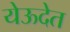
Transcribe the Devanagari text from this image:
येऊदेत